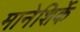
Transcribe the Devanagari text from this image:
मानेशिर्के